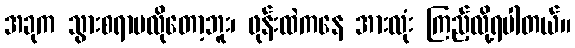
အခုက သွားစရာမလိုတော့ဘူး၊ ဖုန်းထဲကနေ အားလုံး ကြည့်လို့ရပါတယ်။